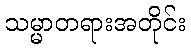
သမ္မာတရားအတိုင်း